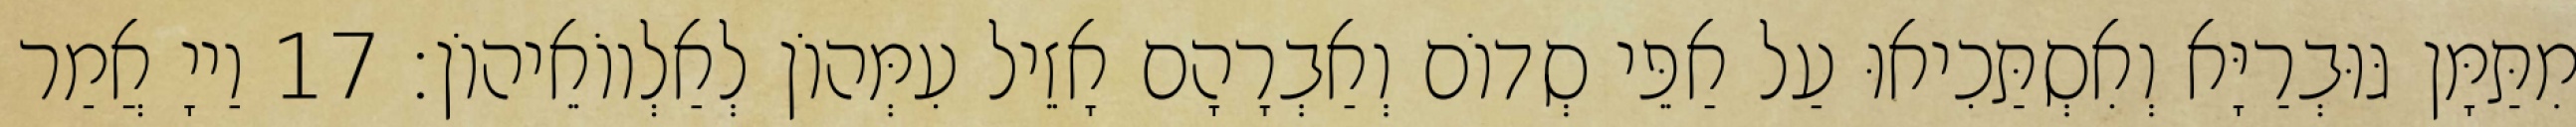
מִתַּמָּן גּוּבְרַיָּא וְאִסְתַּכִיאוּ עַל אַפֵּי סְדוֹם וְאַבְרָהָם אָזֵיל עִמְּהוֹן לְאַלְווֹאֵיהוֹן׃ 17 וַייָ אֲמַר